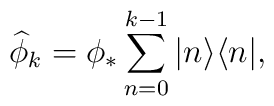
\widehat{\phi}_k=\phi_*\sum_{n=0}^{k-1}|n\rangle\langle n|,